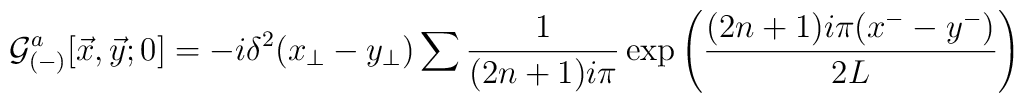
{\cal G}_{(-)}^{a}[{\vec x}, {\vec y};0] = -i \delta^2(x_\perp-y_\perp) \sum \frac{1}{(2n+1)i\pi}\exp \left(\frac{(2n+1)i\pi (x^- - y^-)}{2L}\right)